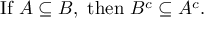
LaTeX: { \mathrm { I f ~ } } A \subseteq B { \mathrm { , ~ t h e n ~ } } B ^ { c } \subseteq A ^ { c } .